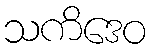
သကိဒေဝ